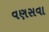
વણસવા